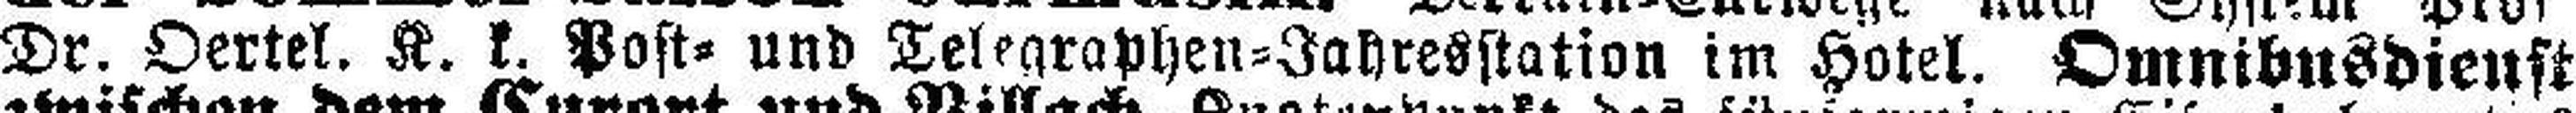
Dr. Oertel. K. k. Post= und Telegraphen=Jahresstation im Hotel. Omnibusdienst